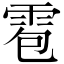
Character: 雹